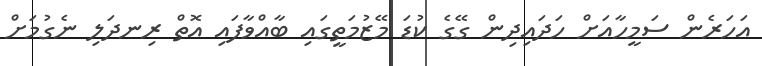
އަހަރެން ސަމީހާއަށް ހަދައިދިން ގޭގެ ކުޑަ މޭޒުމަތީގައި ބާއްވާފައި އޮތް ރިނދަލި ނެގުމަށް